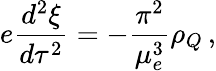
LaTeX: e\frac{d^{2}\xi}{d\tau^{2}}=-\frac{\pi^{2}}{\mu_{e}^{3}}\rho_{Q}\, ,